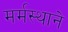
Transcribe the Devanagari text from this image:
मर्मस्थाने